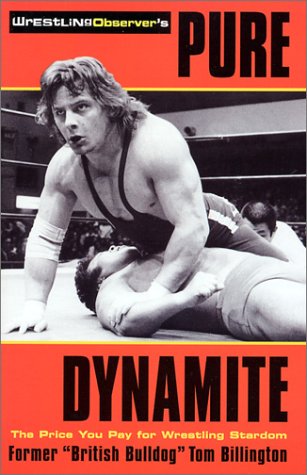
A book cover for Pure Dynamite: The Price You Pay for Wrestling Stardom; Tom Billington; Biographies & Memoirs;